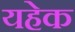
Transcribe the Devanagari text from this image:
यहेक